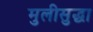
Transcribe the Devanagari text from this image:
मुलीसुद्धा